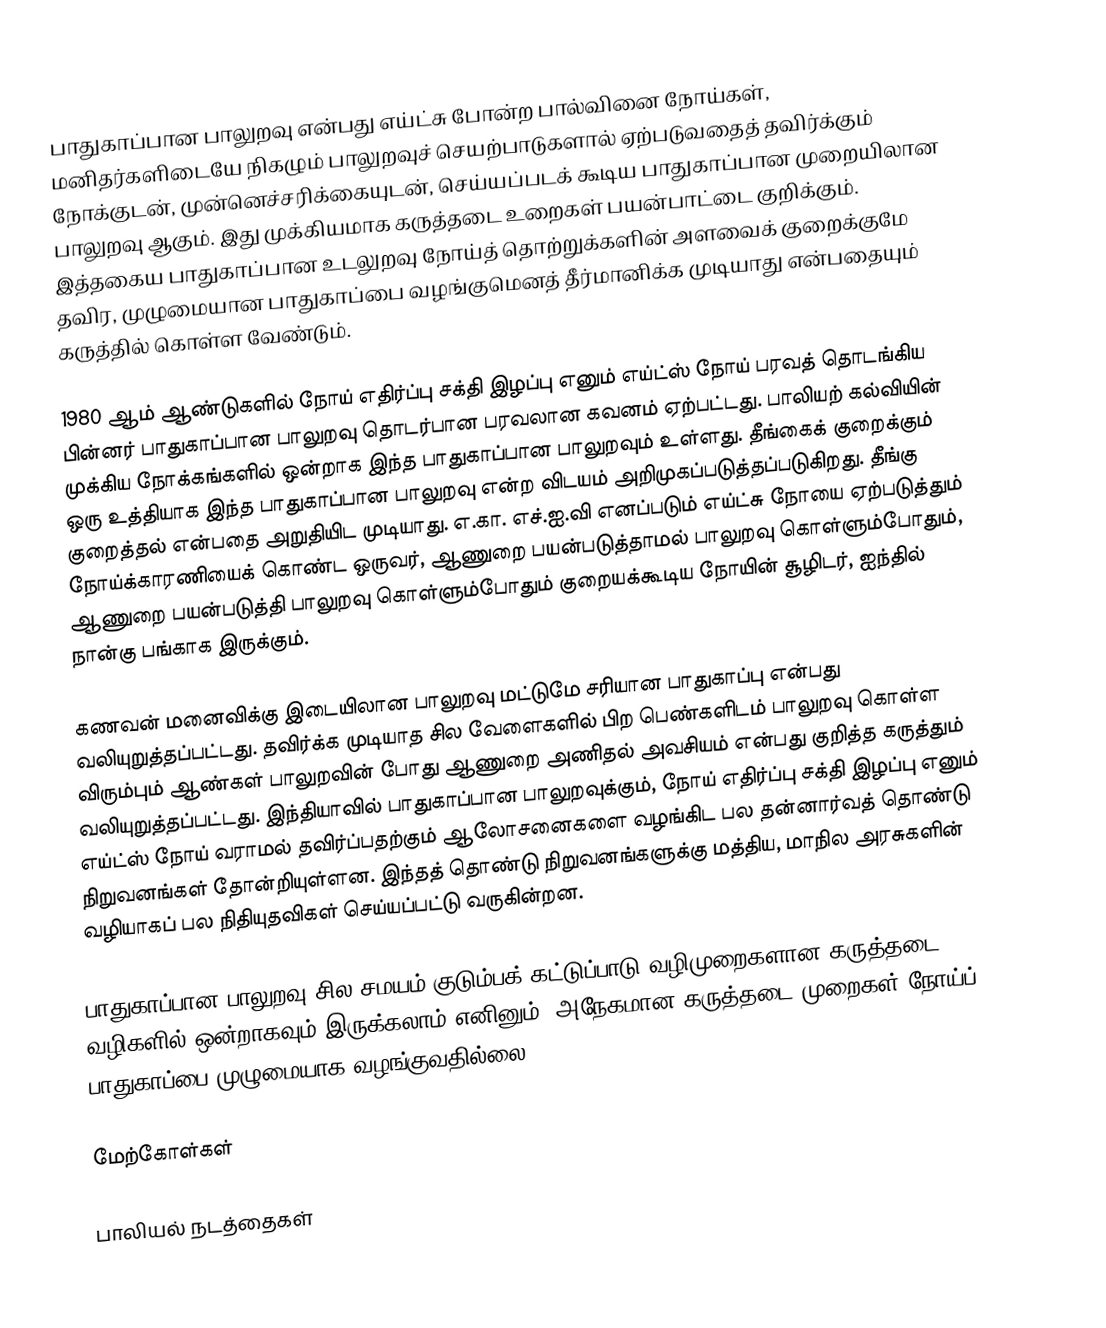
பாதுகாப்பான பாலுறவு என்பது எய்ட்சு போன்ற பால்வினை நோய்கள், மனிதர்களிடையே நிகழும் பாலுறவுச் செயற்பாடுகளால் ஏற்படுவதைத் தவிர்க்கும் நோக்குடன், முன்னெச்சரிக்கையுடன், செய்யப்படக் கூடிய பாதுகாப்பான முறையிலான பாலுறவு ஆகும். இது முக்கியமாக கருத்தடை உறைகள் பயன்பாட்டை குறிக்கும். இத்தகைய பாதுகாப்பான உடலுறவு நோய்த் தொற்றுக்களின் அளவைக் குறைக்குமே தவிர, முழுமையான பாதுகாப்பை வழங்குமெனத் தீர்மானிக்க முடியாது என்பதையும் கருத்தில் கொள்ள வேண்டும்.

1980 ஆம் ஆண்டுகளில் நோய் எதிர்ப்பு சக்தி இழப்பு எனும் எய்ட்ஸ் நோய் பரவத் தொடங்கிய பின்னர் பாதுகாப்பான பாலுறவு தொடர்பான பரவலான கவனம் ஏற்பட்டது. பாலியற் கல்வியின் முக்கிய நோக்கங்களில் ஒன்றாக இந்த பாதுகாப்பான பாலுறவும் உள்ளது. தீங்கைக் குறைக்கும் ஒரு உத்தியாக இந்த பாதுகாப்பான பாலுறவு என்ற விடயம் அறிமுகப்படுத்தப்படுகிறது. தீங்கு குறைத்தல் என்பதை அறுதியிட முடியாது. எ.கா. எச்.ஐ.வி எனப்படும் எய்ட்சு நோயை ஏற்படுத்தும் நோய்க்காரணியைக் கொண்ட ஒருவர், ஆணுறை பயன்படுத்தாமல் பாலுறவு கொள்ளும்போதும், ஆணுறை பயன்படுத்தி பாலுறவு கொள்ளும்போதும் குறையக்கூடிய நோயின் சூழிடர், ஐந்தில் நான்கு பங்காக இருக்கும்.

கணவன் மனைவிக்கு இடையிலான பாலுறவு மட்டுமே சரியான பாதுகாப்பு என்பது வலியுறுத்தப்பட்டது. தவிர்க்க முடியாத சில வேளைகளில் பிற பெண்களிடம் பாலுறவு கொள்ள விரும்பும் ஆண்கள் பாலுறவின் போது ஆணுறை அணிதல் அவசியம் என்பது குறித்த கருத்தும் வலியுறுத்தப்பட்டது. இந்தியாவில் பாதுகாப்பான பாலுறவுக்கும், நோய் எதிர்ப்பு சக்தி இழப்பு எனும் எய்ட்ஸ் நோய் வராமல் தவிர்ப்பதற்கும் ஆலோசனைகளை வழங்கிட பல தன்னார்வத் தொண்டு நிறுவனங்கள் தோன்றியுள்ளன. இந்தத் தொண்டு நிறுவனங்களுக்கு மத்திய, மாநில அரசுகளின் வழியாகப் பல நிதியுதவிகள் செய்யப்பட்டு வருகின்றன.

பாதுகாப்பான பாலுறவு சில சமயம் குடும்பக் கட்டுப்பாடு வழிமுறைகளான கருத்தடை வழிகளில் ஒன்றாகவும் இருக்கலாம் எனினும், அநேகமான கருத்தடை முறைகள் நோய்ப் பாதுகாப்பை முழுமையாக வழங்குவதில்லை.

மேற்கோள்கள்

பாலியல் நடத்தைகள்